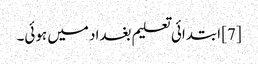
[7] ابتدائی تعلیم بغداد میں ہوئی۔